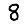
Digit: 8